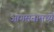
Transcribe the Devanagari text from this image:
आगमनामध्ये